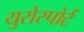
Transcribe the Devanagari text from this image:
युरोस्पोर्ट